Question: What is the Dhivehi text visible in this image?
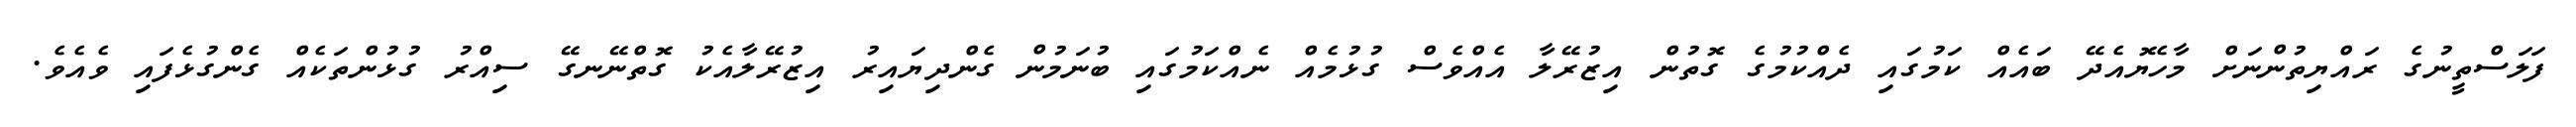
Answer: ފަލަސްތީނުގެ ރައްޔިތުންނަށް މާހެޔޮއެދޭ ބައެއް ކަމުގައި ދެއްކުމުގެ ގޮތުން އިޒުރޭލާ އެއްވެސް ގުޅުމެއް ނެއްކަމުގައި ބުނަމުން ގެންދިޔައިރު އިޒުރޭލާއެކު ގޮތްނޭނގޭ ސިއްރު ގުޅުންތަކެއް ގެންގުޅެފައި ވެއެވެ.